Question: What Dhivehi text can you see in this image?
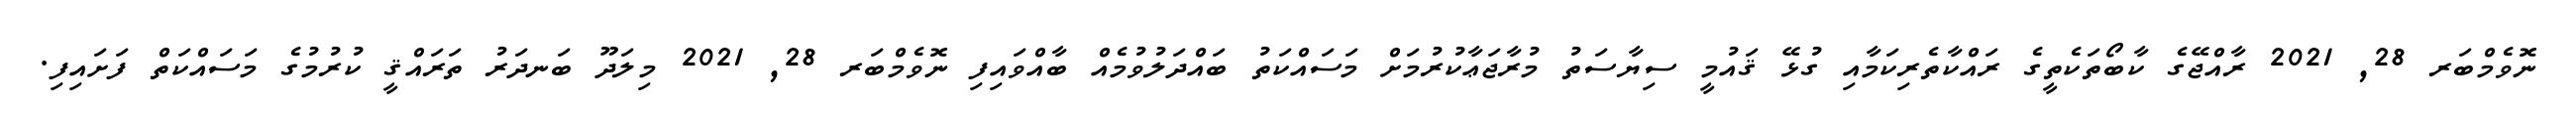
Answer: ނޮވެމްބަރ 28, 2021 ރާއްޖޭގެ ކާބޯތަކެތީގެ ރައްކާތެރިކަމާއި ގުޅޭ ޤައުމީ ސިޔާސަތު މުރާޖަޢާކުރުމަށް މަސައްކަތު ބައްދަލުވުމެއް ބާއްވައިފި ނޮވެމްބަރ 28, 2021 މިލަދޫ ބަނދަރު ތަރައްޤީ ކުރުމުގެ މަސައްކަތް ފަށައިފި.